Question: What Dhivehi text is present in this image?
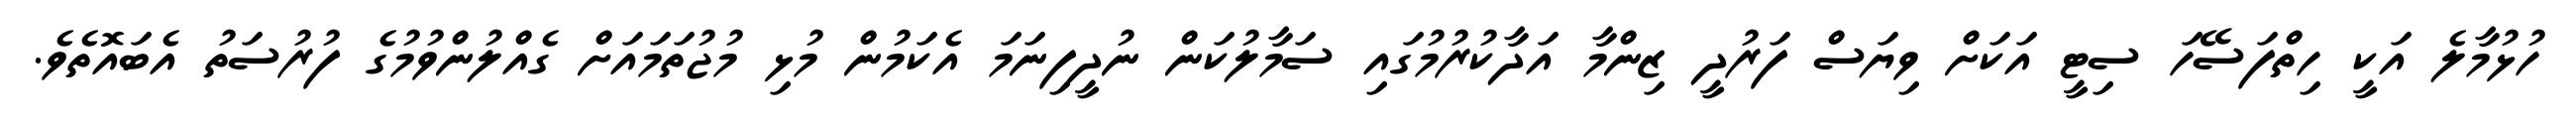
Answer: ހުޅުމާލެ އަކީ ހިތްފަސޭހަ ސިޓީ އަކަށް ވިޔަސް ފަރުދީ ޒިންމާ އަދާކުރުމުގައި ސަމާލުކަން ނުދީފިނަމަ އެކަމުން މުޅި މުޖުތަމައަށް ގެއްލުންވުމުގެ ފުރުސަތު އެބައޮތެވެ.